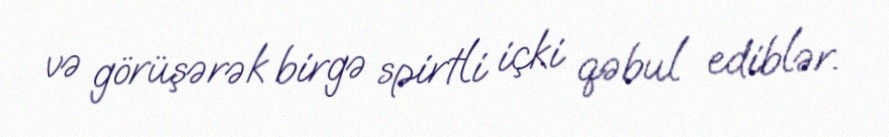
və görüşərək birgə spirtli içki qəbul ediblər.